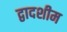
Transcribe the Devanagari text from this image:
द्वादशीम